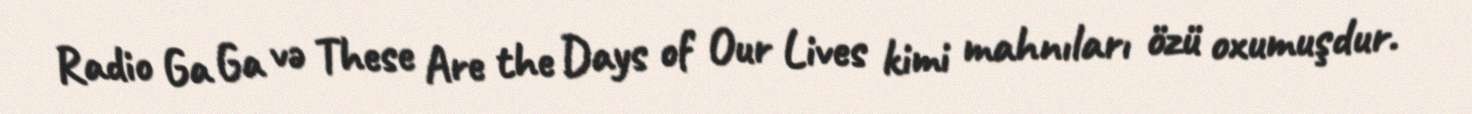
Radio Ga Ga və These Are the Days of Our Lives kimi mahnıları özü oxumuşdur.